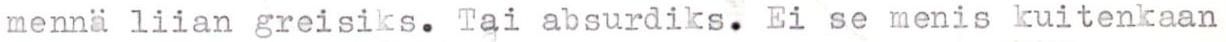
mennä liian greisiks. Tai absurdiks. Ei se menis kuitenkaan